Trukikaitis_Postimees, lk 123
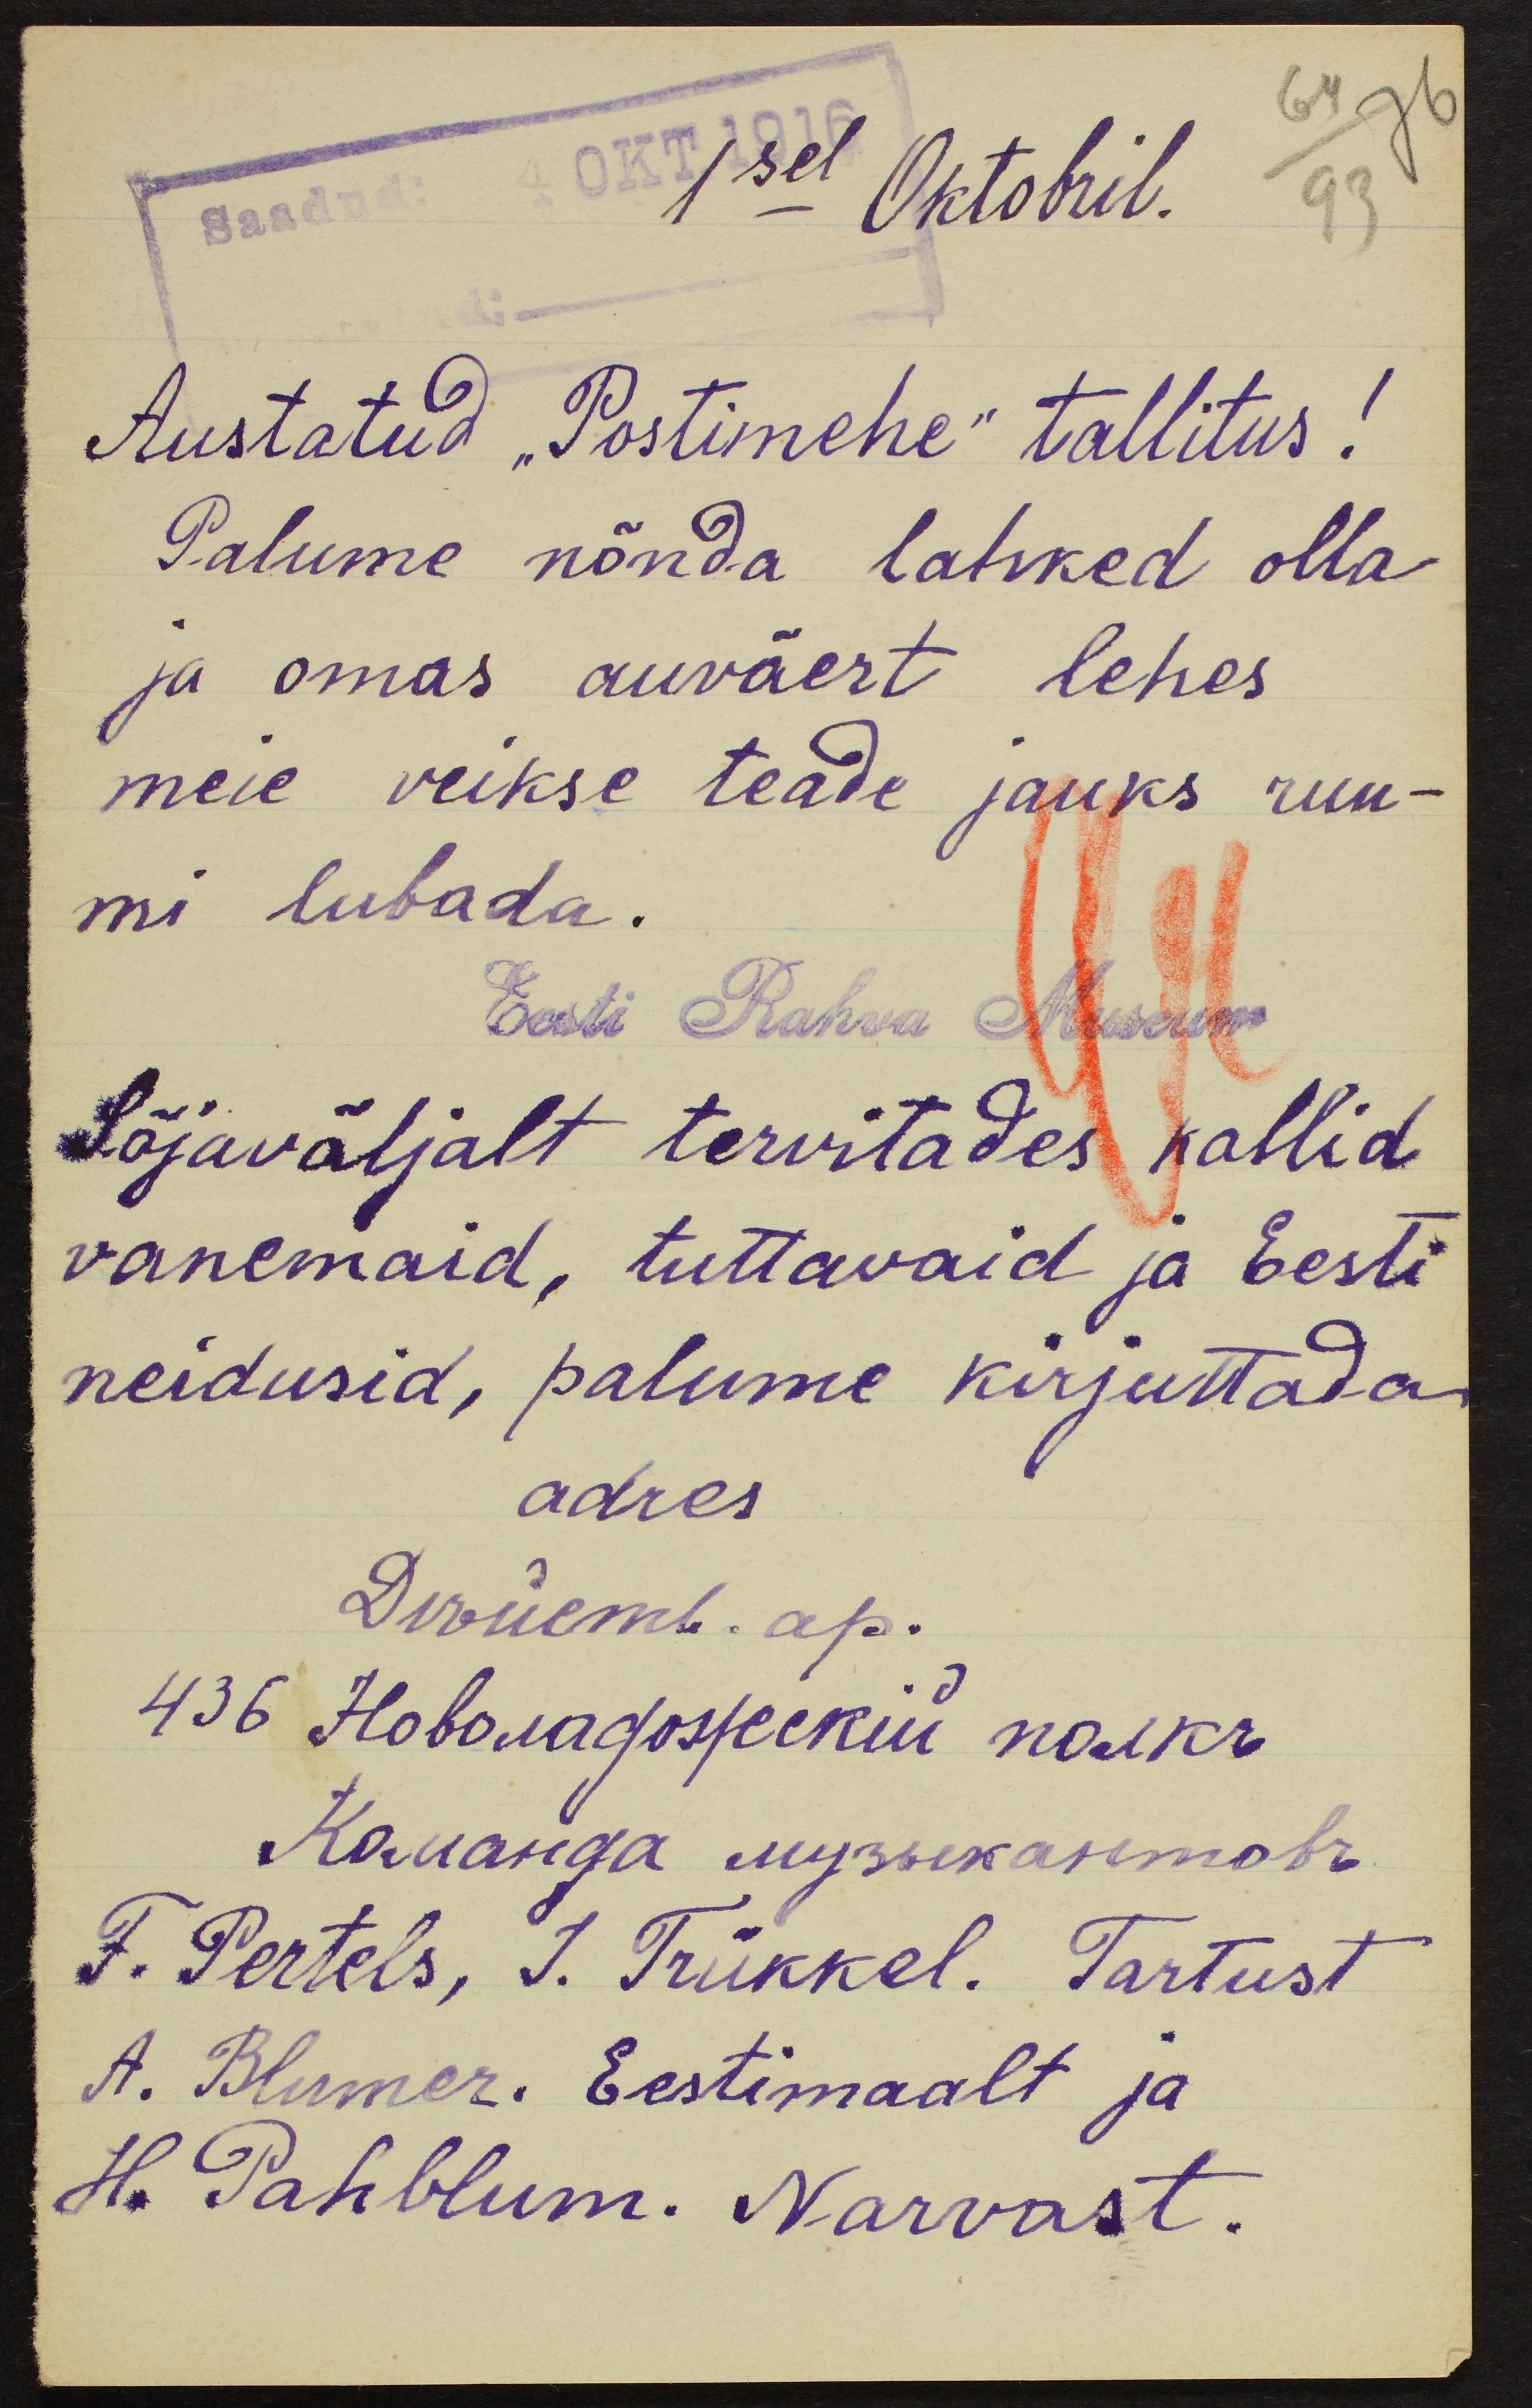
64
76
1sel Oktobril.
93
Austatud "Postimehe" tallitus!
Palume nõnda lahked olla
ja omas auväert lehes
meie veikse teade jauks ruu-
mi lubada.
Eesti Rahva Museum
Sõjaväljalt tervitades kallid
vanemaid, tuttavaid ja Eesti
neidusid, palume kirjuttada
adres.
F. Pertels, J. Trükkel. Tartust
A. Blumer. Eestimaalt ja
H. Pahblum. Narvast.